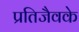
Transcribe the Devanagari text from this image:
प्रतिजैवके